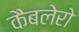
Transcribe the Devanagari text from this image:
कैबलेरो